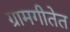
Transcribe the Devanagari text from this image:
ग्रामगीतेत